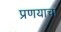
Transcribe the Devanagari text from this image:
प्रणयाचा